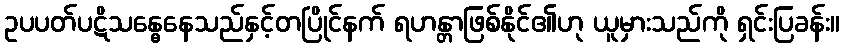
ဥပပတ်ပဋိသန္ဓေနေသည်နှင့်တပြိုင်နက် ရဟန္တာဖြစ်နိုင်၏ဟု ယူမှားသည်ကို ရှင်းပြခန်း။